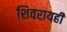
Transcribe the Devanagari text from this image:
शिवरायही